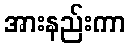
အားနည်းကာ